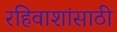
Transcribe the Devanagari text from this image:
रहिवाशांसाठी